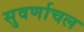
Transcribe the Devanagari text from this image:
सुवर्णाचल